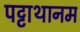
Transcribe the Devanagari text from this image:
पट्टाथानम